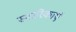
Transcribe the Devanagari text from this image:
स्मारिकाएं